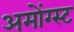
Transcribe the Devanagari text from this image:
अमोंग्स्ट